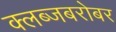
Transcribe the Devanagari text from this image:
क्लब्जबरोबर